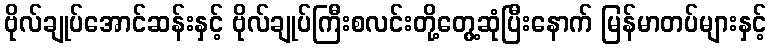
ဗိုလ်ချုပ်အောင်ဆန်းနှင့် ဗိုလ်ချုပ်ကြီးစလင်းတို့တွေ့ဆုံပြီးနောက် မြန်မာတပ်များနှင့်